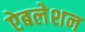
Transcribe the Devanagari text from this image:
ऐबलेशन